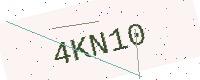
Text: 4KN10